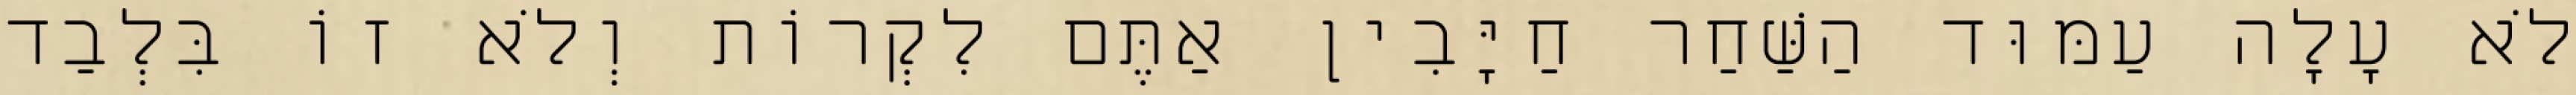
לֹא עָלָה עַמּוּד הַשַּׁחַר חַיָּבִין אַתֶּם לִקְרוֹת וְלֹא זוֹ בִּלְבַד